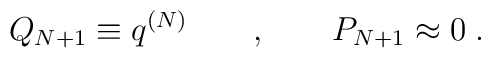
Q_{N+1} \equiv q^{(N)} \qquad , \qquad P_{N+1} \approx 0 \; .